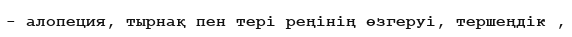
- алопеция, тырнақ пен тері реңінің өзгеруі, тершеңдік ,